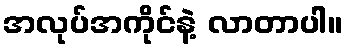
အလုပ်အကိုင်နဲ့ လာတာပါ။